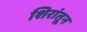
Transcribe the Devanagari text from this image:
शिरांतून